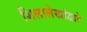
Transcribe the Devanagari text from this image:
शिलालेखांद्वारे